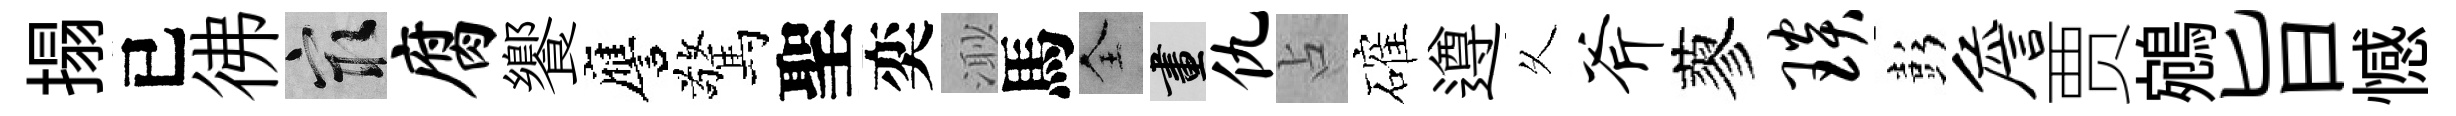
搨已彿冣腐饗譍驚聖奕𣺌馬全畫仇占確遵乆斧蓼琰彭詹贾鵷旨憾